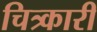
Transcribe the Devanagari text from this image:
चित्र्कारी